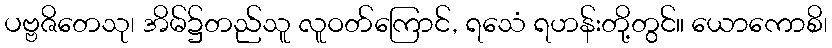
ပဗ္ဗဇိတေသု၊ အိမ်၌တည်သူ လူဝတ်ကြောင်, ရသေံ ရဟန်းတို့တွင်။ ယောကောစိ၊